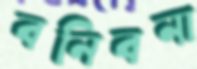
বনিবনা